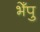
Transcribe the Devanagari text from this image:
भेँपु